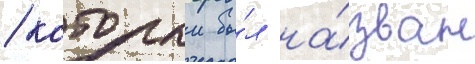
/ которыи бы́л на́зван